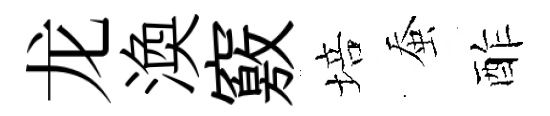
龙渙竅培蚕酢